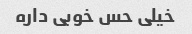
خیلی حس خوبی داره